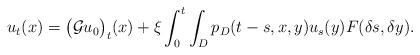
LaTeX: \begin{align*} u_t(x)= \big(\mathcal{G}u_0\big)_t(x)+\xi\int_0^t\int_{D}p_D(t-s,x,y)u_s(y) F(\delta s,\delta y). \end{align*}